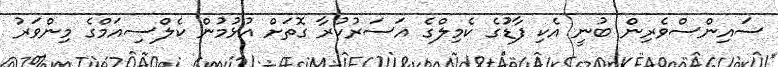
ސައިންސްވެރިން ބުނީ އެކި ފާޑުުގެ ކެމިލްގެ އަސަރުކުރާ ގޮތަށް އުޅުމުން ކެލްސިއަމްގެ މިންވަރު